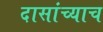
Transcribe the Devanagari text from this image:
दासांच्याच